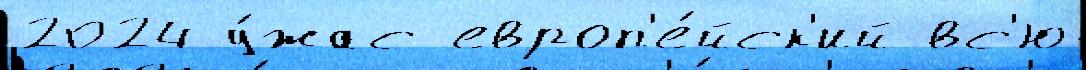
2024 у́жас европ'е́йск'ий вс'ю